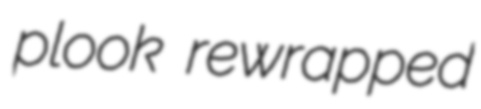
plook rewrapped